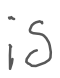
Text: is
Cross-out: clean
Writing tool: digital_gray